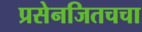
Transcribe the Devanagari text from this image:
प्रसेनजितचचा